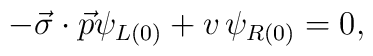
-\vec{\sigma} \cdot \vec{p} \psi_{L(0)} +  v \,  \psi_{R(0)} = 0,